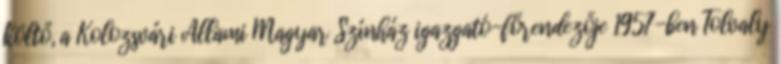
költő, a Kolozsvári Állami Magyar Színház igazgató-főrendezője 1957-ben Tolvaly